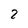
Character: 2